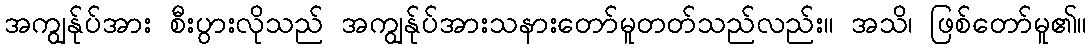
အကျွန်ုပ်အား စီးပွားလိုသည် အကျွန်ုပ်အားသနားတော်မူတတ်သည်လည်း။ အသိ၊ ဖြစ်တော်မူ၏။